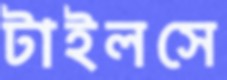
টাইলসে